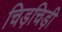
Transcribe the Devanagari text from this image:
चिड़चिड़ी